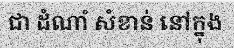
ជា ដំណាំ សំខាន់ នៅក្នុង